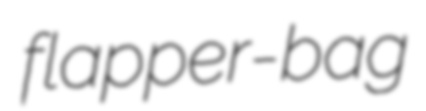
flapper-bag